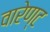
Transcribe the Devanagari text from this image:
वारेण्ट